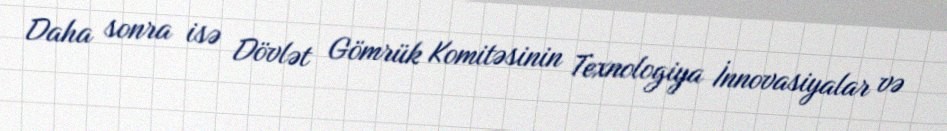
Daha sonra isə Dövlət Gömrük Komitəsinin Texnologiya İnnovasiyalar və